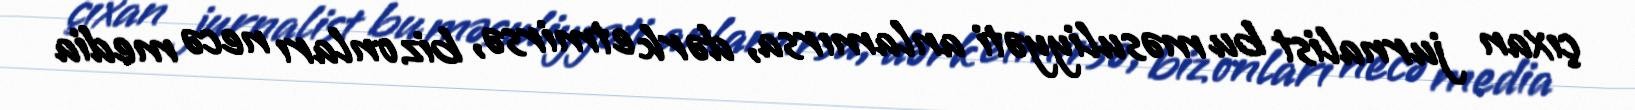
çıxan jurnalist bu məsuliyyəti anlamırsa, dərk etmirsə, biz onları necə media